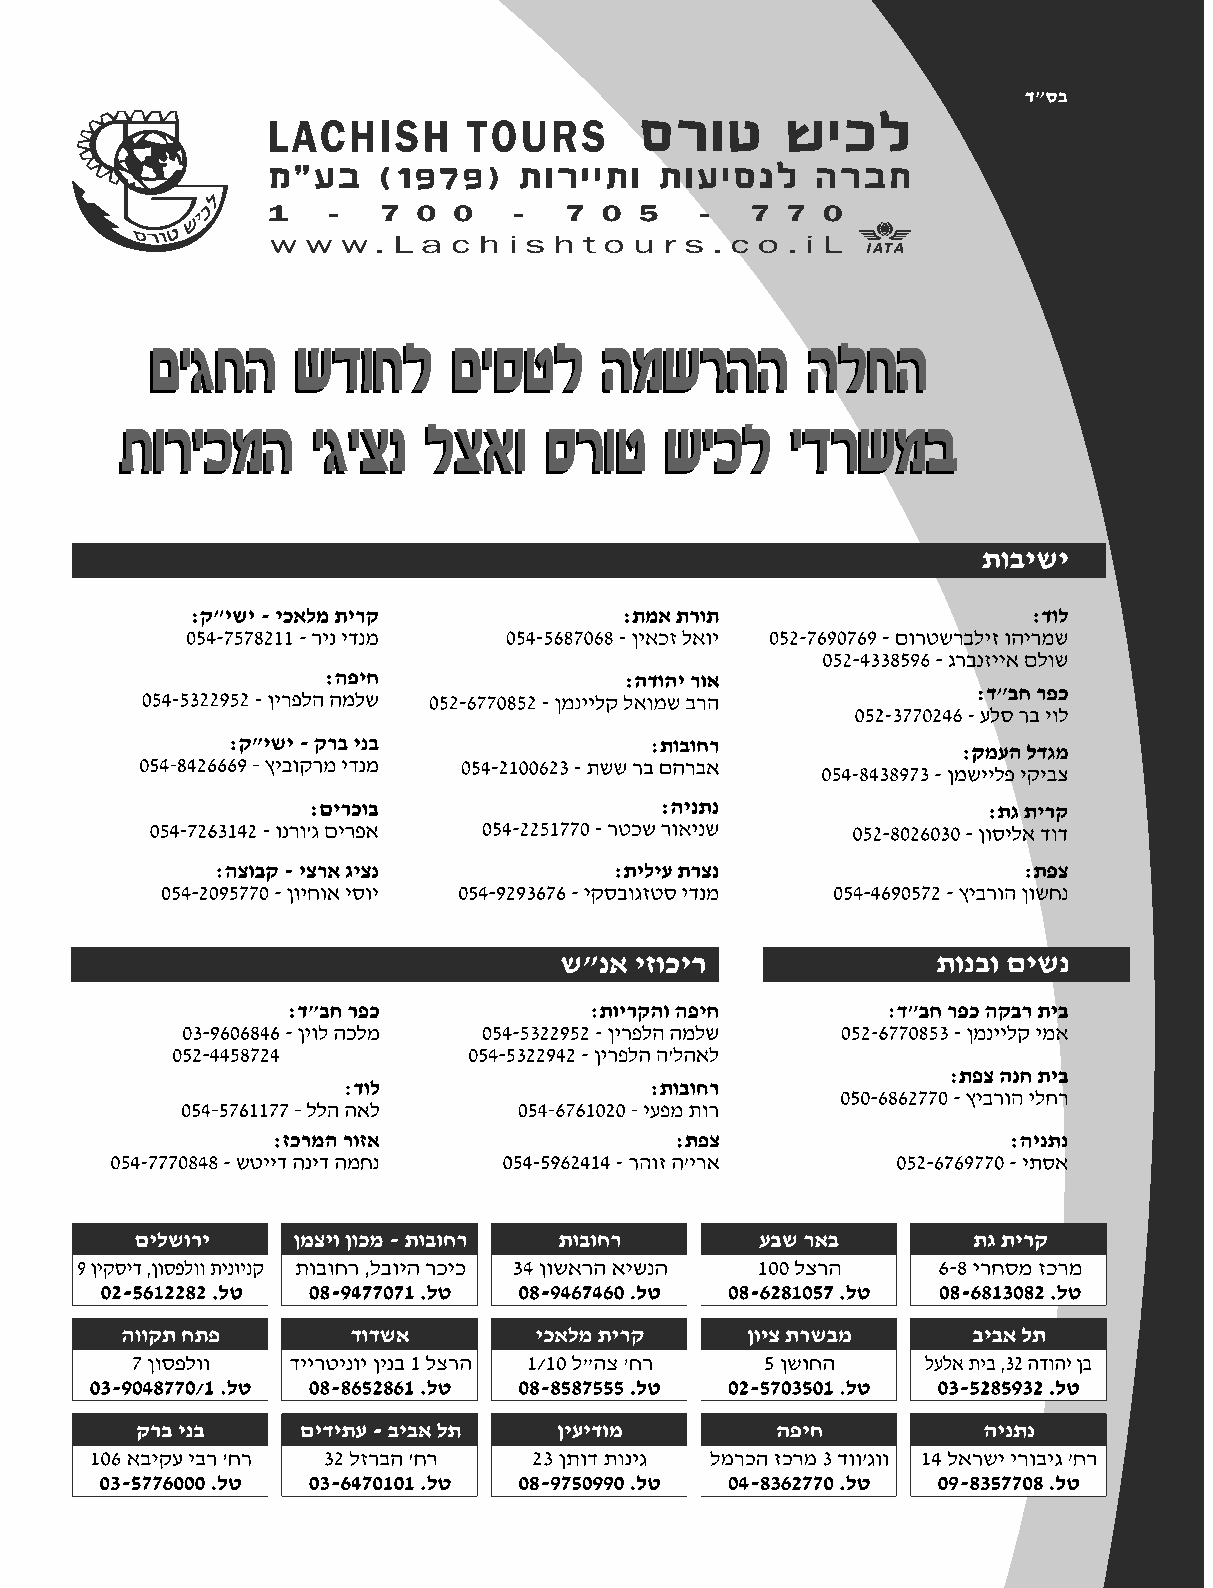
MMaass666677__BB11..iinndddd 4433                                    1100//66//22000088 44::3388::0011 PPMM